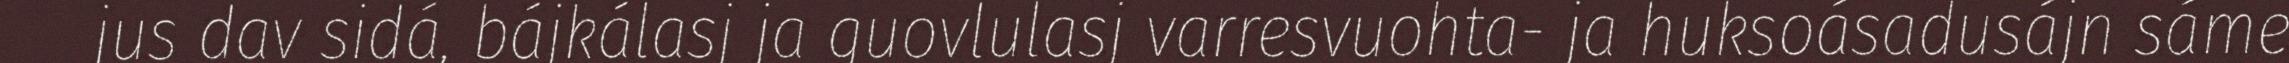
jus dav sidá, bájkálasj ja guovlulasj varresvuohta- ja huksoásadusájn sáme